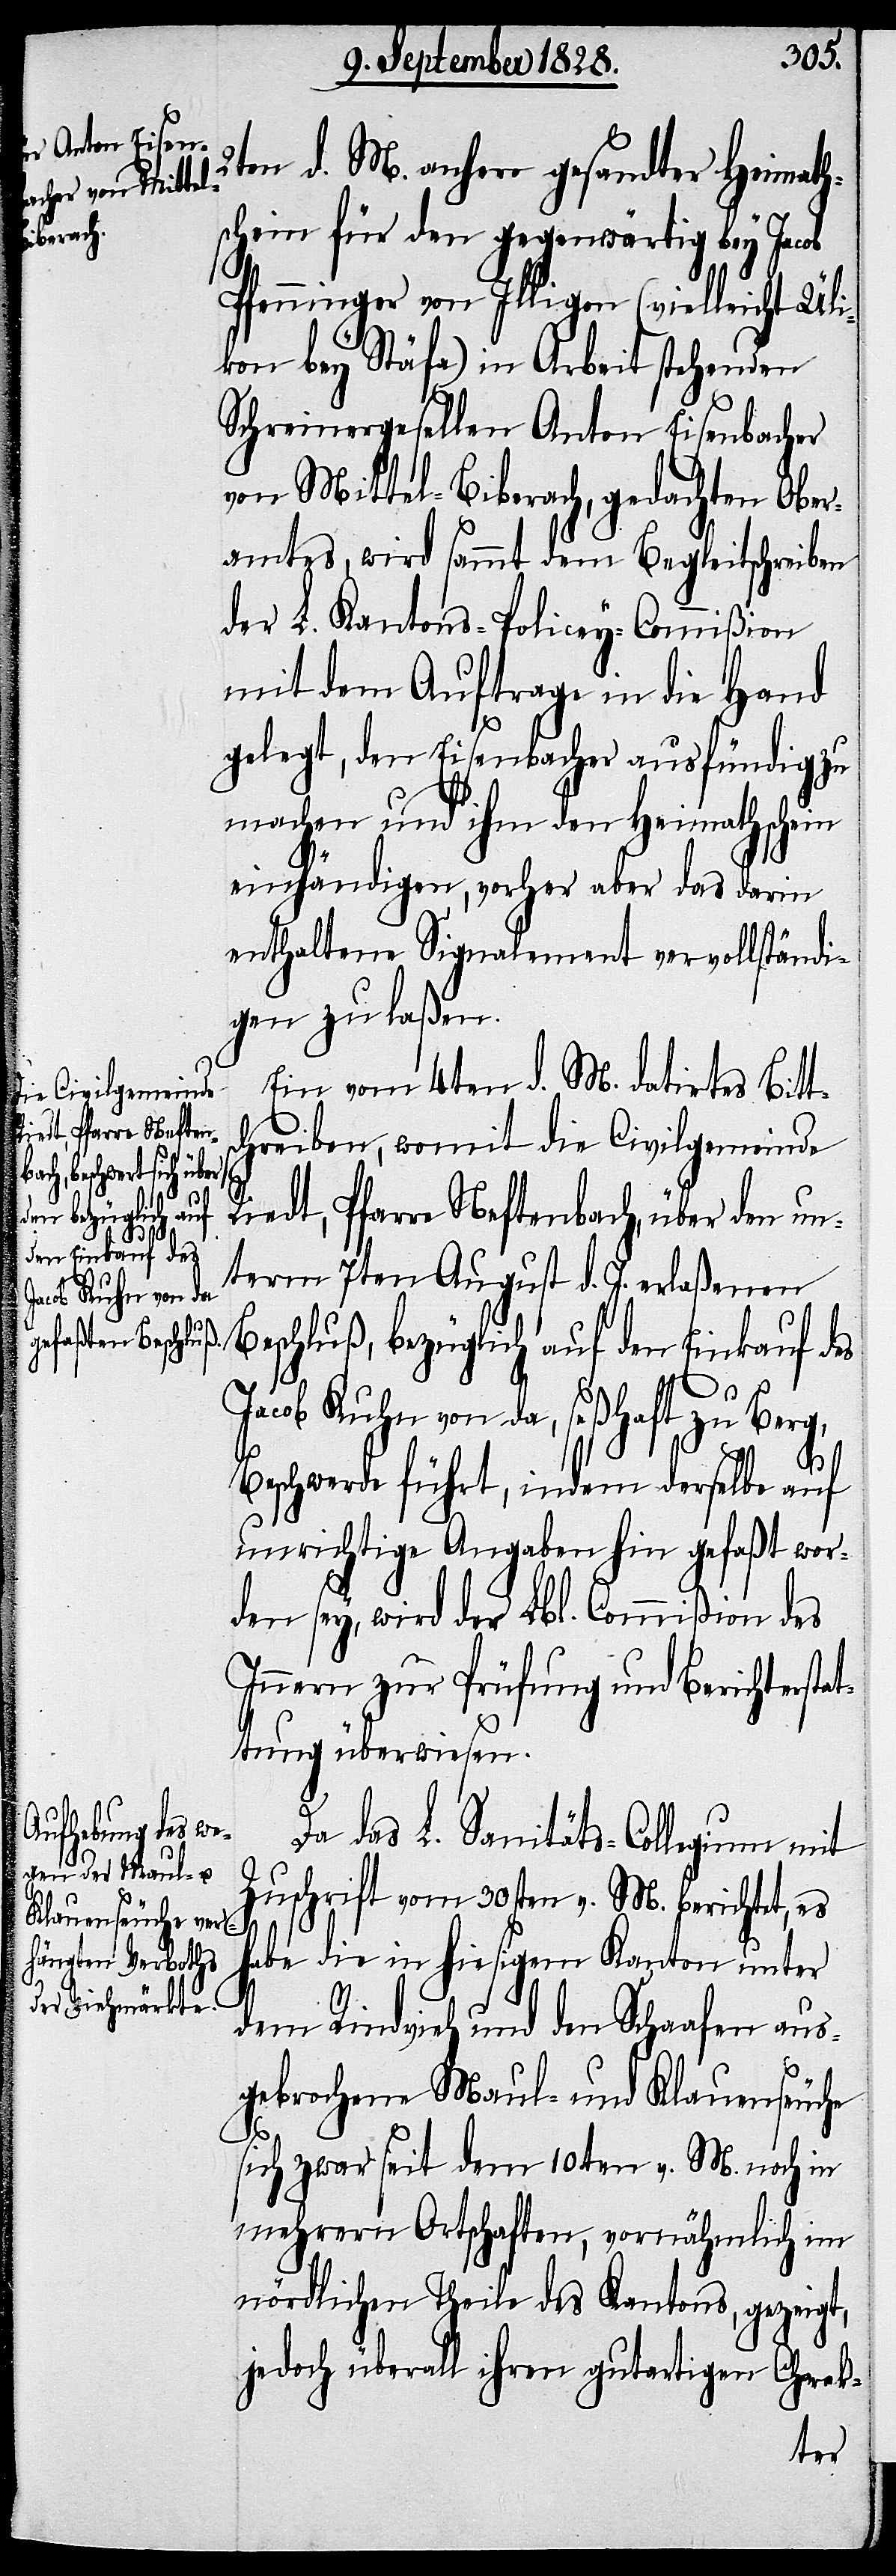
en d. M. anher gesandter Heimath¬
schein für den gegenwärtig bey Jaco¬
b
Pfenninger von Illigen (vielleicht Üli¬
kon bey Stäfa) in Arbeit stehenden
Schreinergesellen Anton Eisenbacher
von Mittel-Biberach, gedachten Ober¬
amtes, wird sammt dem Begleitschreiben
der L. Kantons-Policey-Commißion
mit dem Auftrage in die Hand
gelegt, den Eisenbacher ausfündig zu
machen und ihm den Heimathschein
einhändigen, vorher aber das darin
enthaltene Signalement vervollständi¬
gen zu laßen.
Ein vom 4ten d. M. datirtes Bitt¬
schreiben, womit die Civilgemeinde
Riedt, Pfarre Neftenbach, über den un¬
term 7ten August d. J. erlaßenen
Beschluß, bezüglich auf den Einkauf des
Jacob Kuhn von da, seßhaft zu Berg,
Beschwerde führt, indem derselbe auf
unrichtige Angaben hin gefaßt wor¬
den sey, wird der Lbl. Commißion des
Innern zur Prüfung und Berichtersta¬
ttung überwiesen.
Da das L. Sanitäts-Collegium mit
Zuschrift vom 30sten v. M. berichtet, es
habe die in hiesigem Kanton unter
dem Rindvieh und den Schaafen aus¬
gebrochene Maul- und Klauenseuche
sich zwar seit dem 10ten v. M. noch in
mehrern Ortschaften, vornähmlich im
nördlichen Theile des Kantons, gezeigt,
jedoch überall ihren gutartigen Charak-